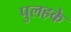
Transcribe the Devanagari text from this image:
पुलहके